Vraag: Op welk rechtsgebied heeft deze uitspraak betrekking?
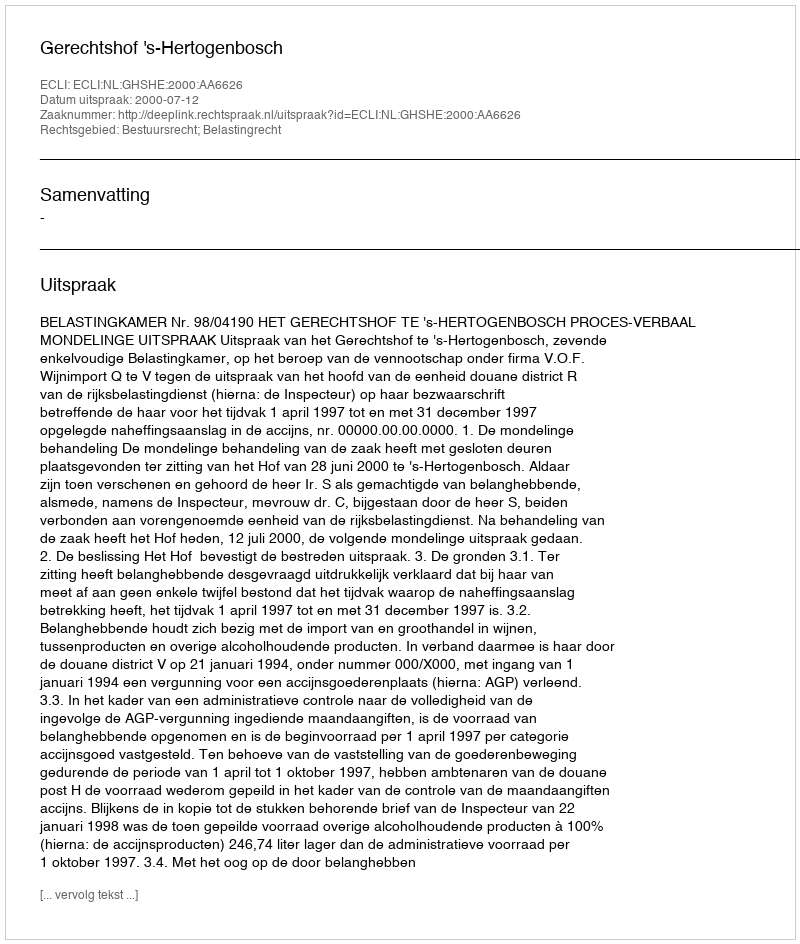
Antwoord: Bestuursrecht; Belastingrecht